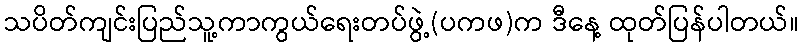
သပိတ်ကျင်းပြည်သူ့ကာကွယ်ရေးတပ်ဖွဲ့(ပကဖ)က ဒီနေ့ ထုတ်ပြန်ပါတယ်။